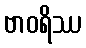
ဗာဝရိဿ